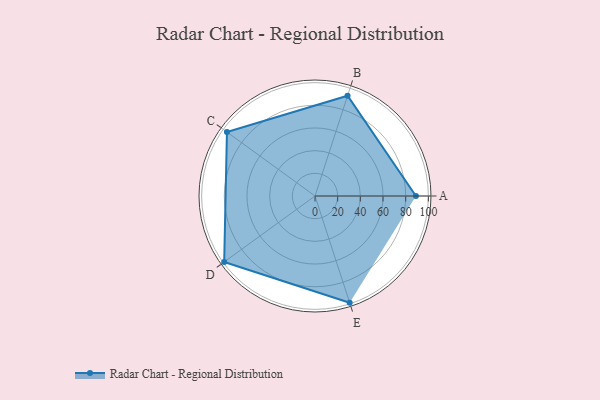
{"axis": {"x": "Skill", "y": "Score"}, "legend": ["Profile"], "data": [{"x": "A", "y": 89.0, "type": "Profile"}, {"x": "B", "y": 93.0, "type": "Profile"}, {"x": "C", "y": 96.0, "type": "Profile"}, {"x": "D", "y": 99, "type": "Profile"}, {"x": "E", "y": 99, "type": "Profile"}]}